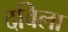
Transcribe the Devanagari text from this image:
दविला